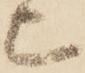
上